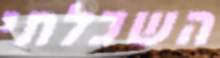
השכלתי